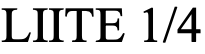
LIITE 1/4